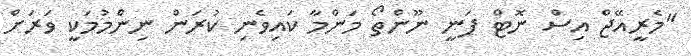
"މެރީއޭޖް އިސް ނޮޓް ފަނީ ނޫންތޯ މަންމާ ކައިވެނި ކުރަން ނިންމުމަކީ ވަރަށް